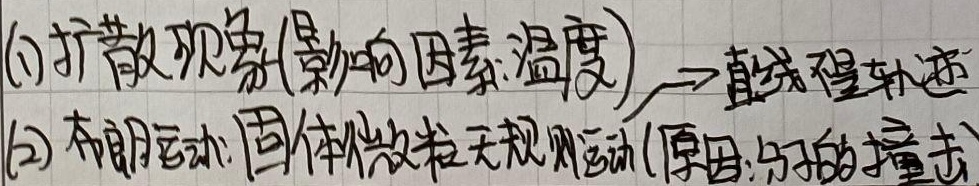
(1) 扩散现象(影响因素:温度) → 直线无规则运动
(2) 布朗运动:固体微粒无规则运动(原因:分子的撞击)